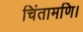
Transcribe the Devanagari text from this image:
चिंतामणि।